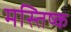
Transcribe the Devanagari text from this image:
मस्‍तिष्क